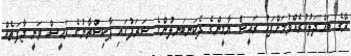
ރޭގެ ބައްދަލުކުރެއްވުމަށްފަހު ރައީސް ޔާމީންގެ ދެކަނބަނލުންގެ ޝަރަފުގައި ޕާކިސްތާނުގެ ރައީސް ވަނީ ޖާފަތެއް